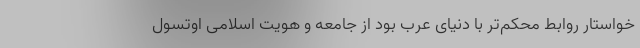
خواستار روابط محکم‌تر با دنیای عرب بود از جامعه و هویت اسلامی اوتسول